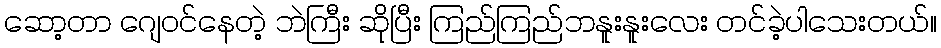
ဆော့တာ ဂျေဝင်နေတဲ့ ဘဲကြီး ဆိုပြီး ကြည်ကြည်ဘနူးနူးလေး တင်ခဲ့ပါသေးတယ်။